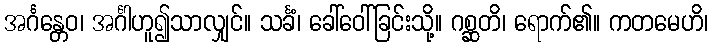
အင်္ဂန္တေဝ၊ အင်္ဂါဟူ၍သာလျှင်။ သင်္ခံ၊ ခေါ်ဝေါ်ခြင်းသို့။ ဂစ္ဆတိ၊ ရောက်၏။ ကတမေဟိ၊